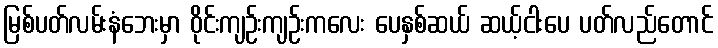
မြစ်ပတ်လမ်းနံဘေးမှာ ဝိုင်းကျဉ်းကျဉ်းကလေး ပေနှစ်ဆယ် ဆယ့်ငါးပေ ပတ်လည်တောင်